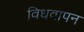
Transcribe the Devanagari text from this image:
विधवापन